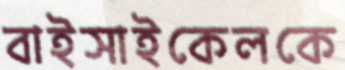
বাইসাইকেলকে